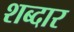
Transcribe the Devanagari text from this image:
शब्दार